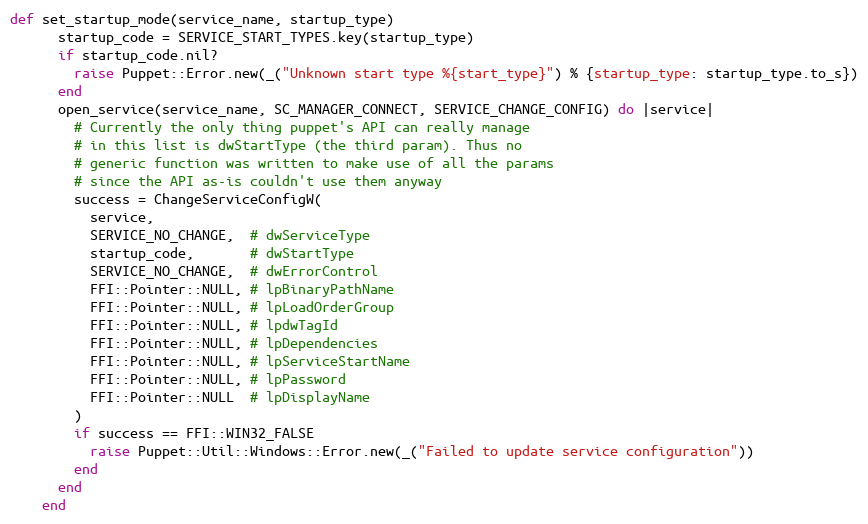
Language: Ruby
def set_startup_mode(service_name, startup_type)
      startup_code = SERVICE_START_TYPES.key(startup_type)
      if startup_code.nil?
        raise Puppet::Error.new(_("Unknown start type %{start_type}") % {startup_type: startup_type.to_s})
      end
      open_service(service_name, SC_MANAGER_CONNECT, SERVICE_CHANGE_CONFIG) do |service|
        # Currently the only thing puppet's API can really manage
        # in this list is dwStartType (the third param). Thus no
        # generic function was written to make use of all the params
        # since the API as-is couldn't use them anyway
        success = ChangeServiceConfigW(
          service,
          SERVICE_NO_CHANGE,  # dwServiceType
          startup_code,       # dwStartType
          SERVICE_NO_CHANGE,  # dwErrorControl
          FFI::Pointer::NULL, # lpBinaryPathName
          FFI::Pointer::NULL, # lpLoadOrderGroup
          FFI::Pointer::NULL, # lpdwTagId
          FFI::Pointer::NULL, # lpDependencies
          FFI::Pointer::NULL, # lpServiceStartName
          FFI::Pointer::NULL, # lpPassword
          FFI::Pointer::NULL  # lpDisplayName
        )
        if success == FFI::WIN32_FALSE
          raise Puppet::Util::Windows::Error.new(_("Failed to update service configuration"))
        end
      end
    end